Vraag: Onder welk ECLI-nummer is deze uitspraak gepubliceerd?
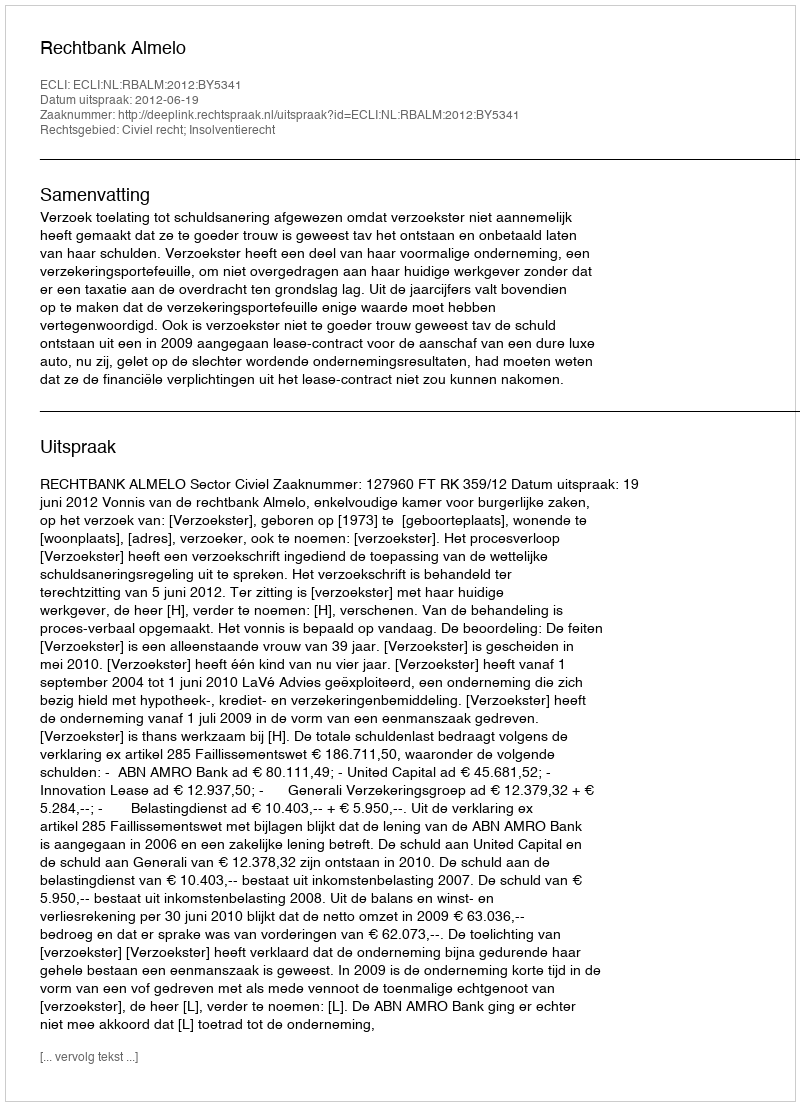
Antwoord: ECLI:NL:RBALM:2012:BY5341